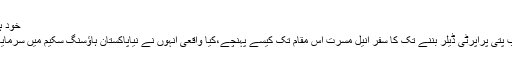
خود ہی بتا دیا - Life Tips
ٹیکسی چلانے سے ارب پتی پراپرٹی ڈیلر بننے تک کا سفر انیل مسرت اس مقام تک کیسے پہنچے،کیا واقعی انہوں نے نیاپاکستان ہاؤسنگ سکیم میں سرمایہ کاری کر رکھی ہے؟